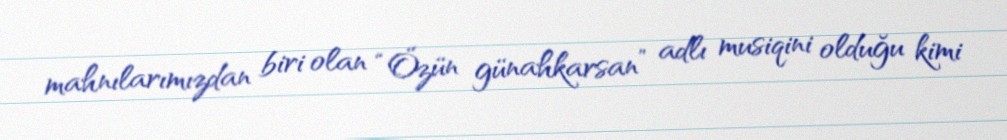
mahnılarımızdan biri olan “Özün günahkarsan” adlı musiqini olduğu kimi